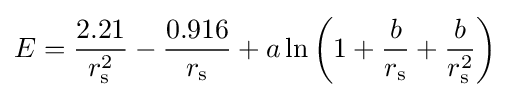
E={\frac {2.21}{r_{\rm {s}}^{2}}}-{\frac {0.916}{r_{\rm {s}}}}+a\ln \left(1+{\frac {b}{r_{\rm {s}}}}+{\frac {b}{r_{\rm {s}}^{2}}}\right)